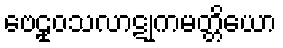
ဗေဠုဝသလာဋုကမတ္တိယော